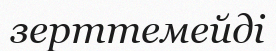
зерттемейді